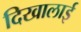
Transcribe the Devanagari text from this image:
दिखालाई